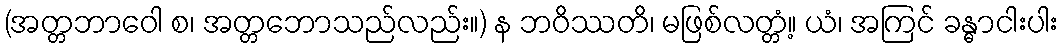
(အတ္တဘာဝေါ စ၊ အတ္တဘောသည်လည်း။) န ဘဝိဿတိ၊ မဖြစ်လတ္တံ့။ ယံ၊ အကြင် ခန္ဓာငါးပါး